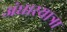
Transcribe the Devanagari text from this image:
अंधारयात्रा